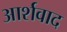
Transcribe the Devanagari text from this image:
आर्शवाद